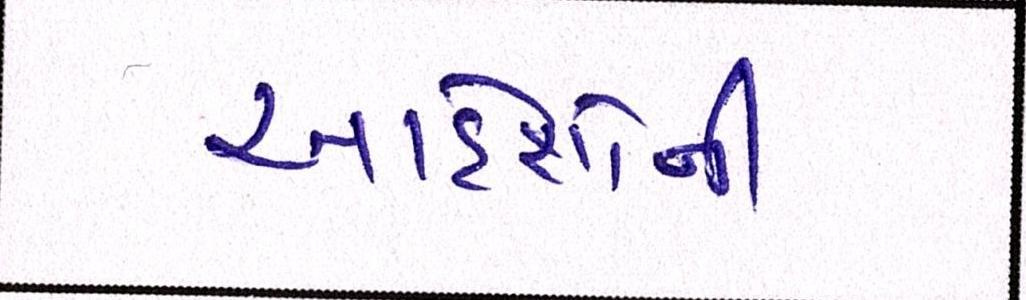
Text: આદેશોની